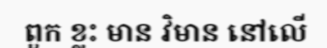
ពួក ខ្លះ មាន វិមាន នៅលើ